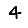
Digit: 4